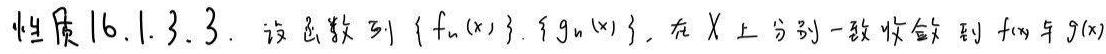
性质 16.1.3.3. 设函数列 $\{ f_n(x)\},\{ g_n(x)\}$ 在 $X$ 上分别一致收敛到 $f(x)$ 与 $g(x)$